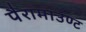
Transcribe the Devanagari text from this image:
पैरामाउण्ट